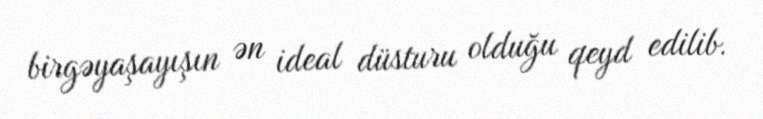
birgəyaşayışın ən ideal düsturu olduğu qeyd edilib.